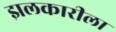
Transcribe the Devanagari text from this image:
झलकारीला